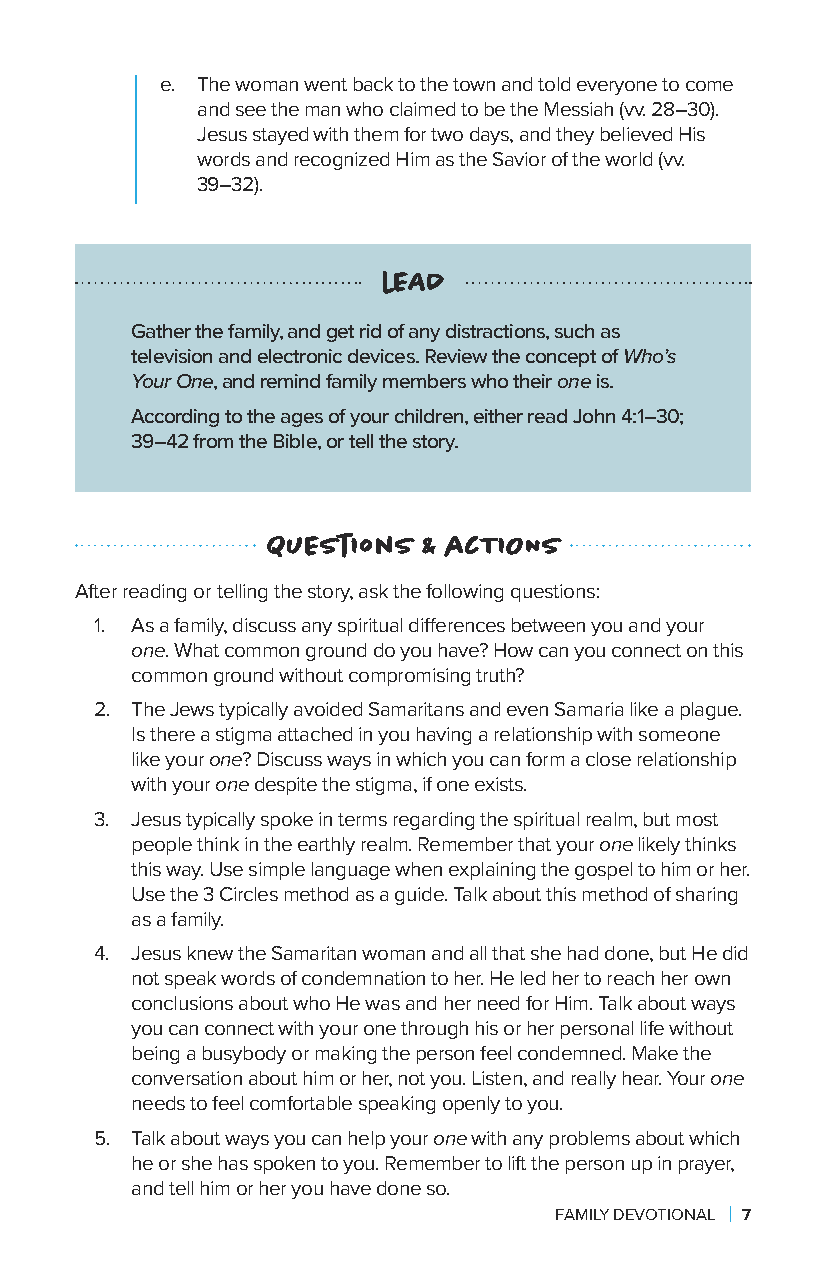
e. The woman went back to the town and told everyone to come
 and see the man who claimed to be the Messiah (vv. 28–30).
 Jesus stayed with them for two days, and they believed His
 words and recognized Him as the Savior of the world (vv.
 39–32).
 lEAD
 Gather the family, and get rid of any distractions, such as
 television and electronic devices. Review the concept of Who’s
 Your One, and remind family members who their one is.
 According to the ages of your children, either read John 4:1–30;
 39–42 from the Bible, or tell the story.
 QuEstIons & acTIONS
 After reading or telling the story, ask the following questions:
 1. As a family, discuss any spiritual differences between you and your
 one. What common ground do you have? How can you connect on this
 common ground without compromising truth?
 2. The Jews typically avoided Samaritans and even Samaria like a plague.
 Is there a stigma attached in you having a relationship with someone
 like your one? Discuss ways in which you can form a close relationship
 with your one despite the stigma, if one exists.
 3. Jesus typically spoke in terms regarding the spiritual realm, but most
 people think in the earthly realm. Remember that your one likely thinks
 this way. Use simple language when explaining the gospel to him or her.
 Use the 3 Circles method as a guide. Talk about this method of sharing
 as a family.
 4. Jesus knew the Samaritan woman and all that she had done, but He did
 not speak words of condemnation to her. He led her to reach her own
 conclusions about who He was and her need for Him. Talk about ways
 you can connect with your one through his or her personal life without
 being a busybody or making the person feel condemned. Make the
 conversation about him or her, not you. Listen, and really hear. Your one
 needs to feel comfortable speaking openly to you.
 5. Talk about ways you can help your one with any problems about which
 he or she has spoken to you. Remember to lift the person up in prayer,
 and tell him or her you have done so.
 FAMILY DEVOTIONAL | 7